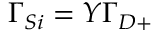
\Gamma _ { S i } = Y \Gamma _ { D + }